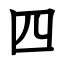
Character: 四